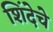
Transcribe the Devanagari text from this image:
शिंदेचे